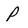
Character: P